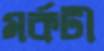
মর্কটী